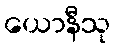
ယောနီသု